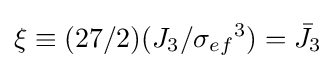
\xi \equiv (27/2)({{J}_{3}}/{{\sigma }_{ef}}^{3})={{\bar {J}}_{3}}